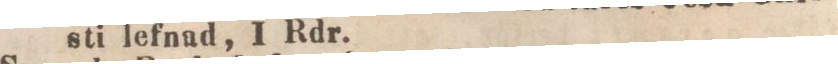
sti lefnad, 1 Rdr.